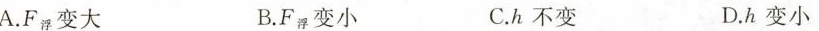
A.F_{浮力}变大 B. $$.F_{浮力}$$ 变小 C.h不变 D.h变小